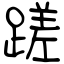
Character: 蹉